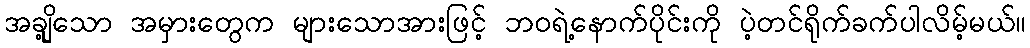
အချို့သော အမှားတွေက များသောအားဖြင့် ဘဝရဲ့နောက်ပိုင်းကို ပဲ့တင်ရိုက်ခက်ပါလိမ့်မယ်။